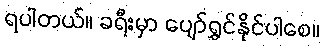
ရပါတယ်။ ခရီးမှာ ပျော်ရွှင်နိုင်ပါစေ။